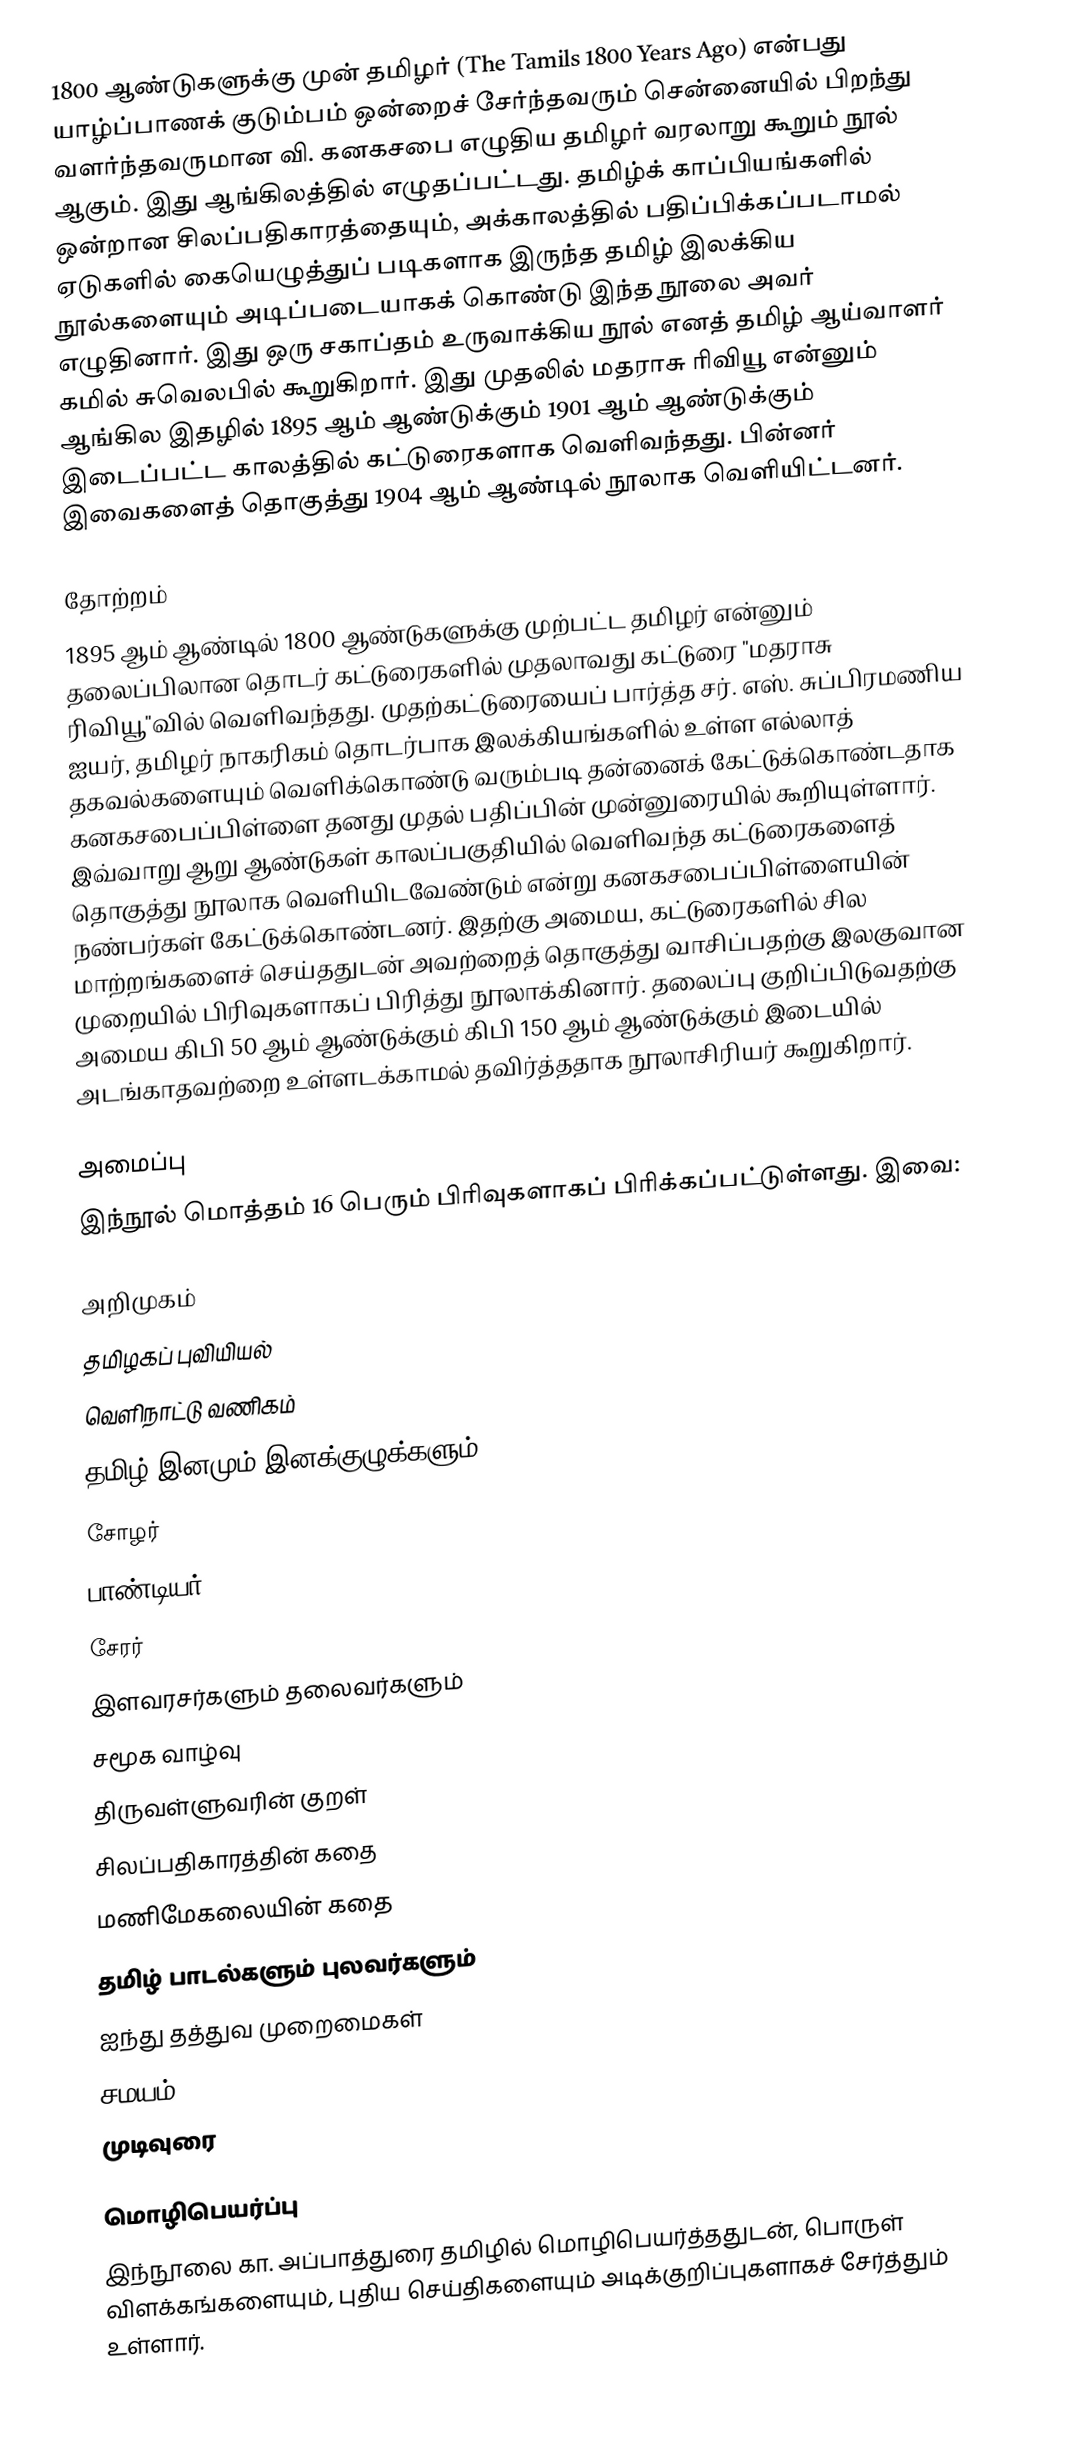
1800 ஆண்டுகளுக்கு முன் தமிழர் (The Tamils 1800 Years Ago) என்பது யாழ்ப்பாணக் குடும்பம் ஒன்றைச் சேர்ந்தவரும் சென்னையில் பிறந்து வளர்ந்தவருமான வி. கனகசபை எழுதிய தமிழர் வரலாறு கூறும் நூல் ஆகும். இது ஆங்கிலத்தில் எழுதப்பட்டது. தமிழ்க் காப்பியங்களில் ஒன்றான சிலப்பதிகாரத்தையும், அக்காலத்தில் பதிப்பிக்கப்படாமல் ஏடுகளில் கையெழுத்துப் படிகளாக இருந்த தமிழ் இலக்கிய நூல்களையும் அடிப்படையாகக் கொண்டு இந்த நூலை அவர் எழுதினார். இது ஒரு சகாப்தம் உருவாக்கிய நூல் எனத் தமிழ் ஆய்வாளர் கமில் சுவெலபில் கூறுகிறார். இது முதலில் மதராசு ரிவியூ என்னும் ஆங்கில இதழில் 1895 ஆம் ஆண்டுக்கும் 1901 ஆம் ஆண்டுக்கும் இடைப்பட்ட காலத்தில் கட்டுரைகளாக வெளிவந்தது. பின்னர் இவைகளைத் தொகுத்து 1904 ஆம் ஆண்டில் நூலாக வெளியிட்டனர்.

தோற்றம்
1895 ஆம் ஆண்டில் 1800 ஆண்டுகளுக்கு முற்பட்ட தமிழர் என்னும் தலைப்பிலான தொடர் கட்டுரைகளில் முதலாவது கட்டுரை "மதராசு ரிவியூ"வில் வெளிவந்தது. முதற்கட்டுரையைப் பார்த்த சர். எஸ். சுப்பிரமணிய ஐயர், தமிழர் நாகரிகம் தொடர்பாக இலக்கியங்களில் உள்ள எல்லாத் தகவல்களையும் வெளிக்கொண்டு வரும்படி தன்னைக் கேட்டுக்கொண்டதாக கனகசபைப்பிள்ளை தனது முதல் பதிப்பின் முன்னுரையில் கூறியுள்ளார். இவ்வாறு ஆறு ஆண்டுகள் காலப்பகுதியில் வெளிவந்த கட்டுரைகளைத் தொகுத்து நூலாக வெளியிடவேண்டும் என்று கனகசபைப்பிள்ளையின் நண்பர்கள் கேட்டுக்கொண்டனர். இதற்கு அமைய, கட்டுரைகளில் சில மாற்றங்களைச் செய்ததுடன் அவற்றைத் தொகுத்து வாசிப்பதற்கு இலகுவான முறையில் பிரிவுகளாகப் பிரித்து நூலாக்கினார். தலைப்பு குறிப்பிடுவதற்கு அமைய கிபி 50 ஆம் ஆண்டுக்கும் கிபி 150 ஆம் ஆண்டுக்கும் இடையில் அடங்காதவற்றை உள்ளடக்காமல் தவிர்த்ததாக நூலாசிரியர் கூறுகிறார்.

அமைப்பு
இந்நூல் மொத்தம் 16 பெரும் பிரிவுகளாகப் பிரிக்கப்பட்டுள்ளது. இவை:

 அறிமுகம்
 தமிழகப் புவியியல்
 வெளிநாட்டு வணிகம்
 தமிழ் இனமும் இனக்குழுக்களும்
 சோழர்
 பாண்டியர்
 சேரர்
 இளவரசர்களும் தலைவர்களும்
 சமூக வாழ்வு
 திருவள்ளுவரின் குறள்
 சிலப்பதிகாரத்தின் கதை
 மணிமேகலையின் கதை
 தமிழ் பாடல்களும் புலவர்களும்
 ஐந்து தத்துவ முறைமைகள்
 சமயம்
 முடிவுரை

மொழிபெயர்ப்பு
இந்நூலை கா. அப்பாத்துரை தமிழில் மொழிபெயர்த்ததுடன், பொருள் விளக்கங்களையும், புதிய செய்திகளையும் அடிக்குறிப்புகளாகச் சேர்த்தும் உள்ளார்.